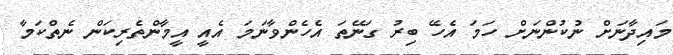
މައިދާނަށް ނުކުންނަށް ހަމަ އެހޭ ބިރު ގަނޭތަ އެހެންވާނަމަ އެއީ އީމާންތެރިކަން ނެތްކަމާ